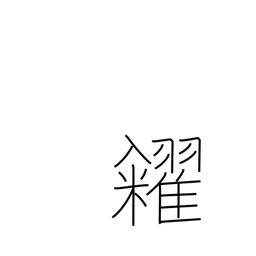
Meaning: sell (grain)